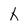
Character: x